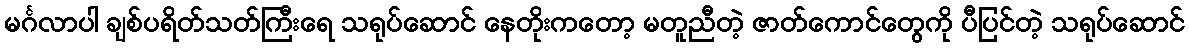
မင်္ဂလာပါ ချစ်ပရိတ်သတ်ကြီးရေ သရုပ်ဆောင် နေတိုးကတော့ မတူညီတဲ့ ဇာတ်ကောင်တွေကို ပီပြင်တဲ့ သရုပ်ဆောင်